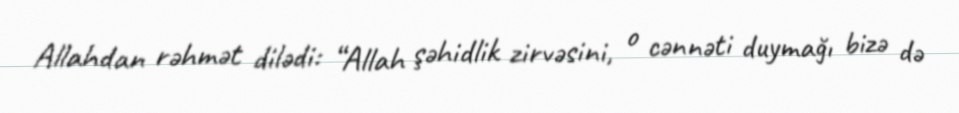
Allahdan rəhmət dilədi: “Allah şəhidlik zirvəsini, o cənnəti duymağı bizə də